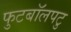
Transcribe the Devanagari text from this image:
फुटबॉलपटु